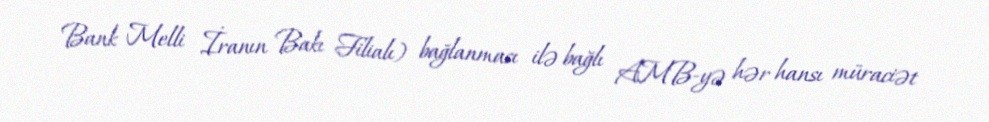
Bank Melli İranın Bakı Filialı) bağlanması ilə bağlı AMB-yə hər hansı müraciət